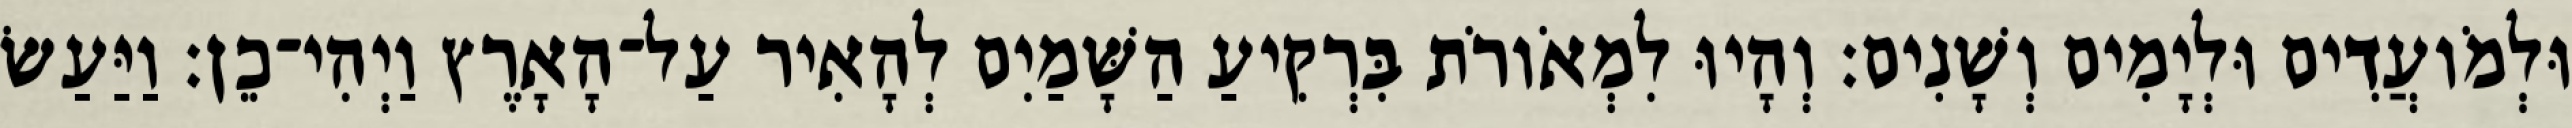
וּלְמֹועֲדִים וּלְיָמִים וְשָׁנִים׃ וְהָיוּ לִמְאֹורֹת בִּרְקִיעַ הַשָּׁמַיִם לְהָאִיר עַל־הָאָרֶץ וַיְהִי־כֵן׃ וַיַּעַשׂ